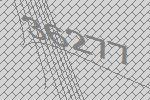
36277